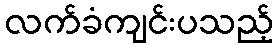
လက်ခံကျင်းပသည့်